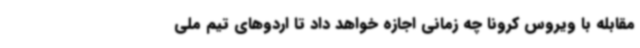
مقابله با ویروس کرونا چه زمانی اجازه خواهد داد تا اردوهای تیم ملی